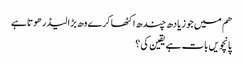
هم میں جو زیادھ چندھ اکٹھا کرے وھ بڑا لیڈر هوتا ہے
پانچویں بات ہے یقین کی ؟